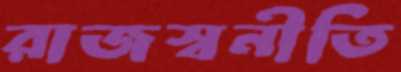
রাজস্বনীতি